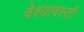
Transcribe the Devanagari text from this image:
वेश्यावस्ती